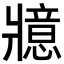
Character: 𭷇